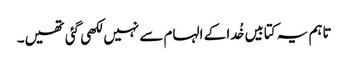
تاہم یہ کتابیں خُدا کے الہام سے نہیں لکھی گئی تھیں۔